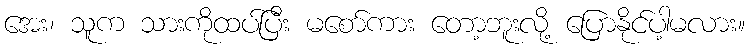
အေး၊ သူက သားကိုထပ်ပြီး မစော်ကား တော့ဘူးလို့ ပြောနိုင်ပါ့မလား။